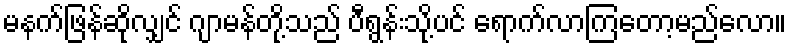
မနက်ဖြန်ဆိုလျှင် ဂျာမန်တို့သည် ပီရွန်းသို့ပင် ရောက်လာကြတော့မည်လော။